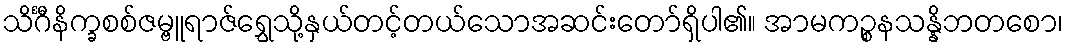
သိင်္ဂီနိက္ခစစ်ဇမ္ဗူရာဇ်ရွှေသို့နှယ်တင့်တယ်သောအဆင်းတော်ရှိပါ၏။ အာမကဉ္စနသန္နိဘတစော၊